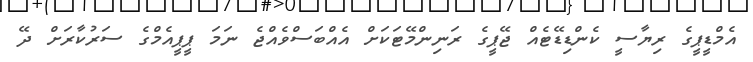
އެމްޑީޕީގެ ރިޔާސީ ކެންޑިޑޭޓެއް ޖޭޕީގެ ރަނިންމޭޓަކަށް އެއްބަސްވެއްޖެ ނަމަ ޕީޕީއެމްގެ ސަރުކާރަށް ދޭ